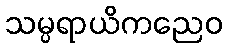
သမ္ပရာယိကညေဝ